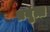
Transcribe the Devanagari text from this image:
प्रबृत्त